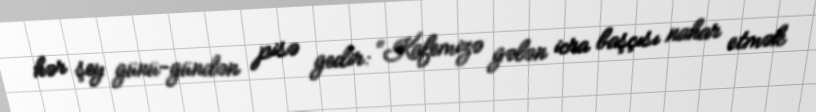
hər şey günü-gündən pisə gedir: “Kafemizə gələn icra başçısı nahar etmək